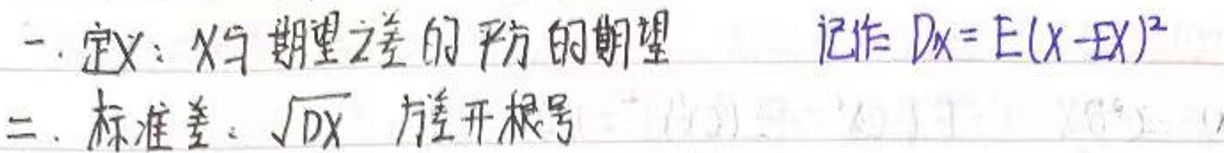
一、定义：随机变量\(X\)差的平方的期望 记作 \(D X = E ( X - E X ) ^ { 2 }\)

二、标准差：\(\sqrt { D X }\) 方递开根号